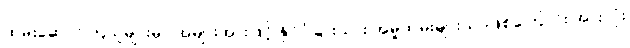
ထမ်းဆောင်ကြသူများမှာ အများအားဖြင့် နိုင်ငံခြားသား အမှုထမ်းများသာဖြစ်ကြောင်း အားလုံး